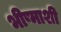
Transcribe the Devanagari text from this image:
भीष्माशी